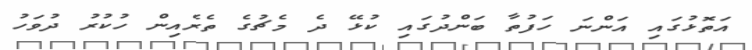
އަތޮޅުގައި އަންނަ ހަފުތާ ބަންދުގައި ކުޅޭ ދެ މެޗުގެ ތެރެއިން ހުކުރު ދުވަހު